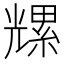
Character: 𫤡